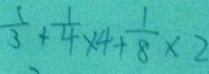
\frac { 1 } { 3 } + \frac { 1 } { 4 } \times 4 + \frac { 1 } { 8 } \times 2